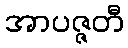
အာပဇ္ဇတီ